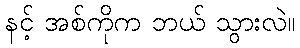
နင့် အစ်ကိုက ဘယ် သွားလဲ။